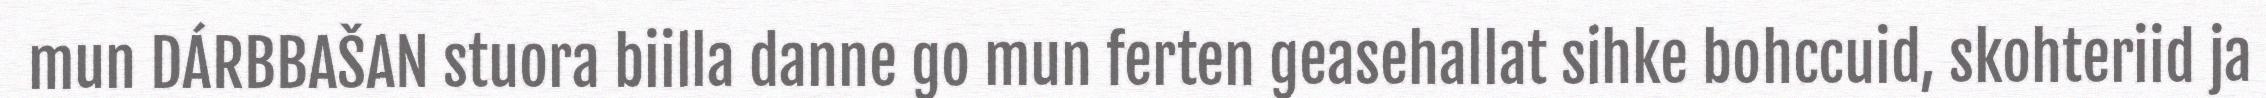
mun DÁRBBAŠAN stuora biilla danne go mun ferten geasehallat sihke bohccuid, skohteriid ja